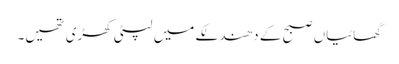
گھاٹیاں صبح کے دھندلکے میں لپٹی کھڑی تھیں۔